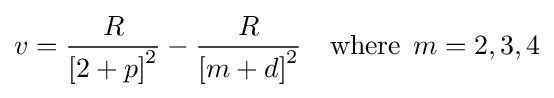
v={\frac {R}{\left[2+p\right]^{2}}}-{\frac {R}{\left[m+d\right]^{2}}}\quad {\text{where}}\;\,m=2,3,4